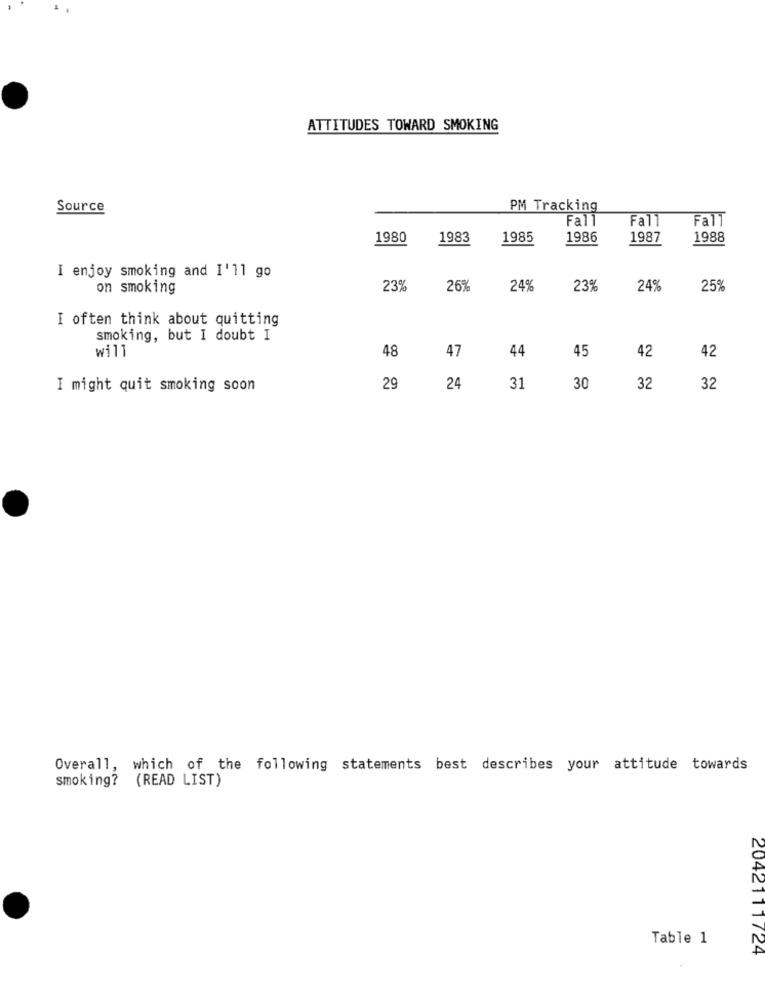
ATTITUDES TOWARD SMOKING
Source
PM Tracking
Fall
Fall
Fall
1980
1983
1985
1986
1987
1988
I enjoy smoking and I'll go
on smoking
23%
26%
24%
23%
24%
25%
I often think about quitting
smoking, but I doubt I
44
42
will
48
47
45
42
I might quit smoking soon
29
24
31
30
32
32
Overall, which of the following statements best describes your attitude towards
smoking? (READ LIST)
Table 1
2042111/24